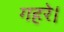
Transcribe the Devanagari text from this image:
गहरे।